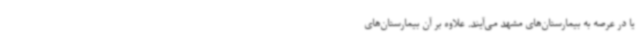
یا در عرصه به بیمارستان‌های مشهد می‌آیند. علاوه بر آن بیمارستان‌های